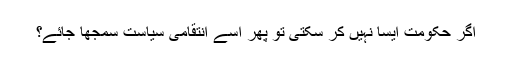
اگر حکومت ایسا نہیں کر سکتی تو پھر اسے انتقامی سیاست سمجھا جائے؟